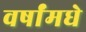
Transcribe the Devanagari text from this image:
वर्षांमधे